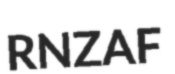
RNZAF